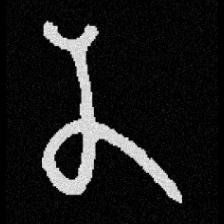
Pyu character \u2014 Myanmar letter: န (romanized: na)